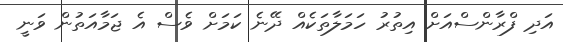
އަދި ފްރާންސްއަށް އިތުރު ހަމަލާތަކެއް ދޭނެ ކަމަށް ވެސް އެ ޖަމާއަތުން ވަނީ